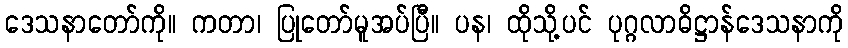
ဒေသနာတော်ကို။ ကတာ၊ ပြုတော်မူအပ်ပြီ။ ပန၊ ထိုသို့ပင် ပုဂ္ဂလာဓိဋ္ဌာန်ဒေသနာကို